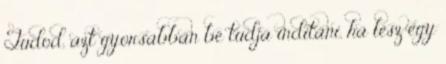
Tudod, azt gyorsabban be tudja indítani, ha lesz egy